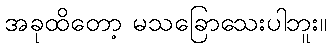
အခုထိတော့ မသခြောသေးပါဘူး။